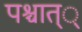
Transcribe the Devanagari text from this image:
पश्चात््